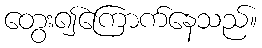
တွေး၍ကြောက်နေသည်။